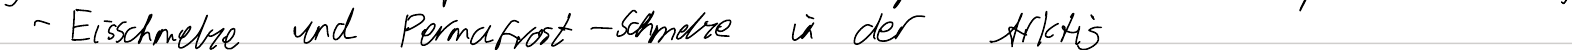
- Eisschmelze und Permafrost  - Schmelze in der Arktis